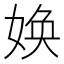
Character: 㛟